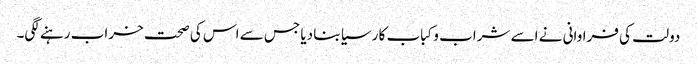
دولت کی فراوانی نے اسے شراب و کباب کا رسیا بنا دیا جس سے اس کی صحت خراب رہنے لگی۔